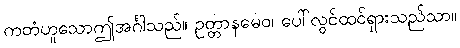
ကတံဟူသောဤအင်္ဂါသည်။ ဥတ္တာနမေဝ၊ ပေါ်လွင်ထင်ရှားသည်သာ။